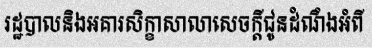
រដ្ឋបាលនិងអគារសិក្ខាសាលាសេចក្តីជូនដំណឹងអំពី